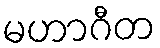
မဟာဂီတ